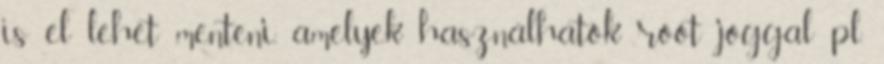
is el lehet menteni, amelyek használhatók root joggal pl.